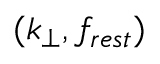
( k _ { \perp } , f _ { r e s t } )